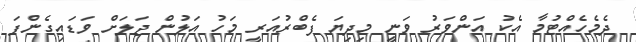
ދެމެހެއްޓުމާ އެކު އަންވަރު ވަނީ މިދިޔަ ފެބްރުއަރީ މަހު އަލުން ޖަލަށް ވަޑައިގެންފަ